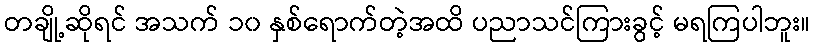
တချို့ဆိုရင် အသက် ၁၀ နှစ်ရောက်တဲ့အထိ ပညာသင်ကြားခွင့် မရကြပါဘူး။